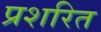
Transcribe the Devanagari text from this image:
प्रशरित